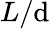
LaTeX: L/\mathrm{d}